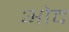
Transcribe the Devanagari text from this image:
ओद